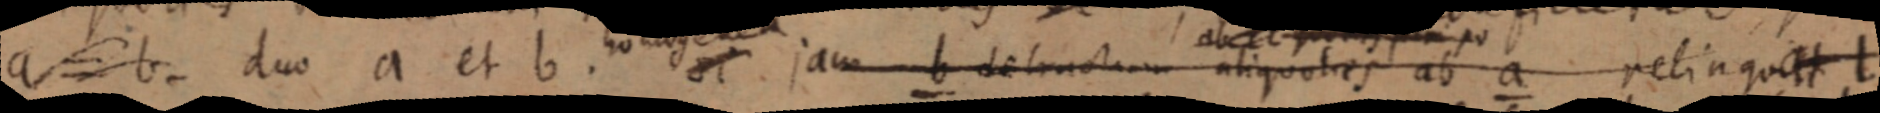
a = b. duo a et b. si jam b detractam alquotaeis ab a relinquat l